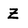
Character: z